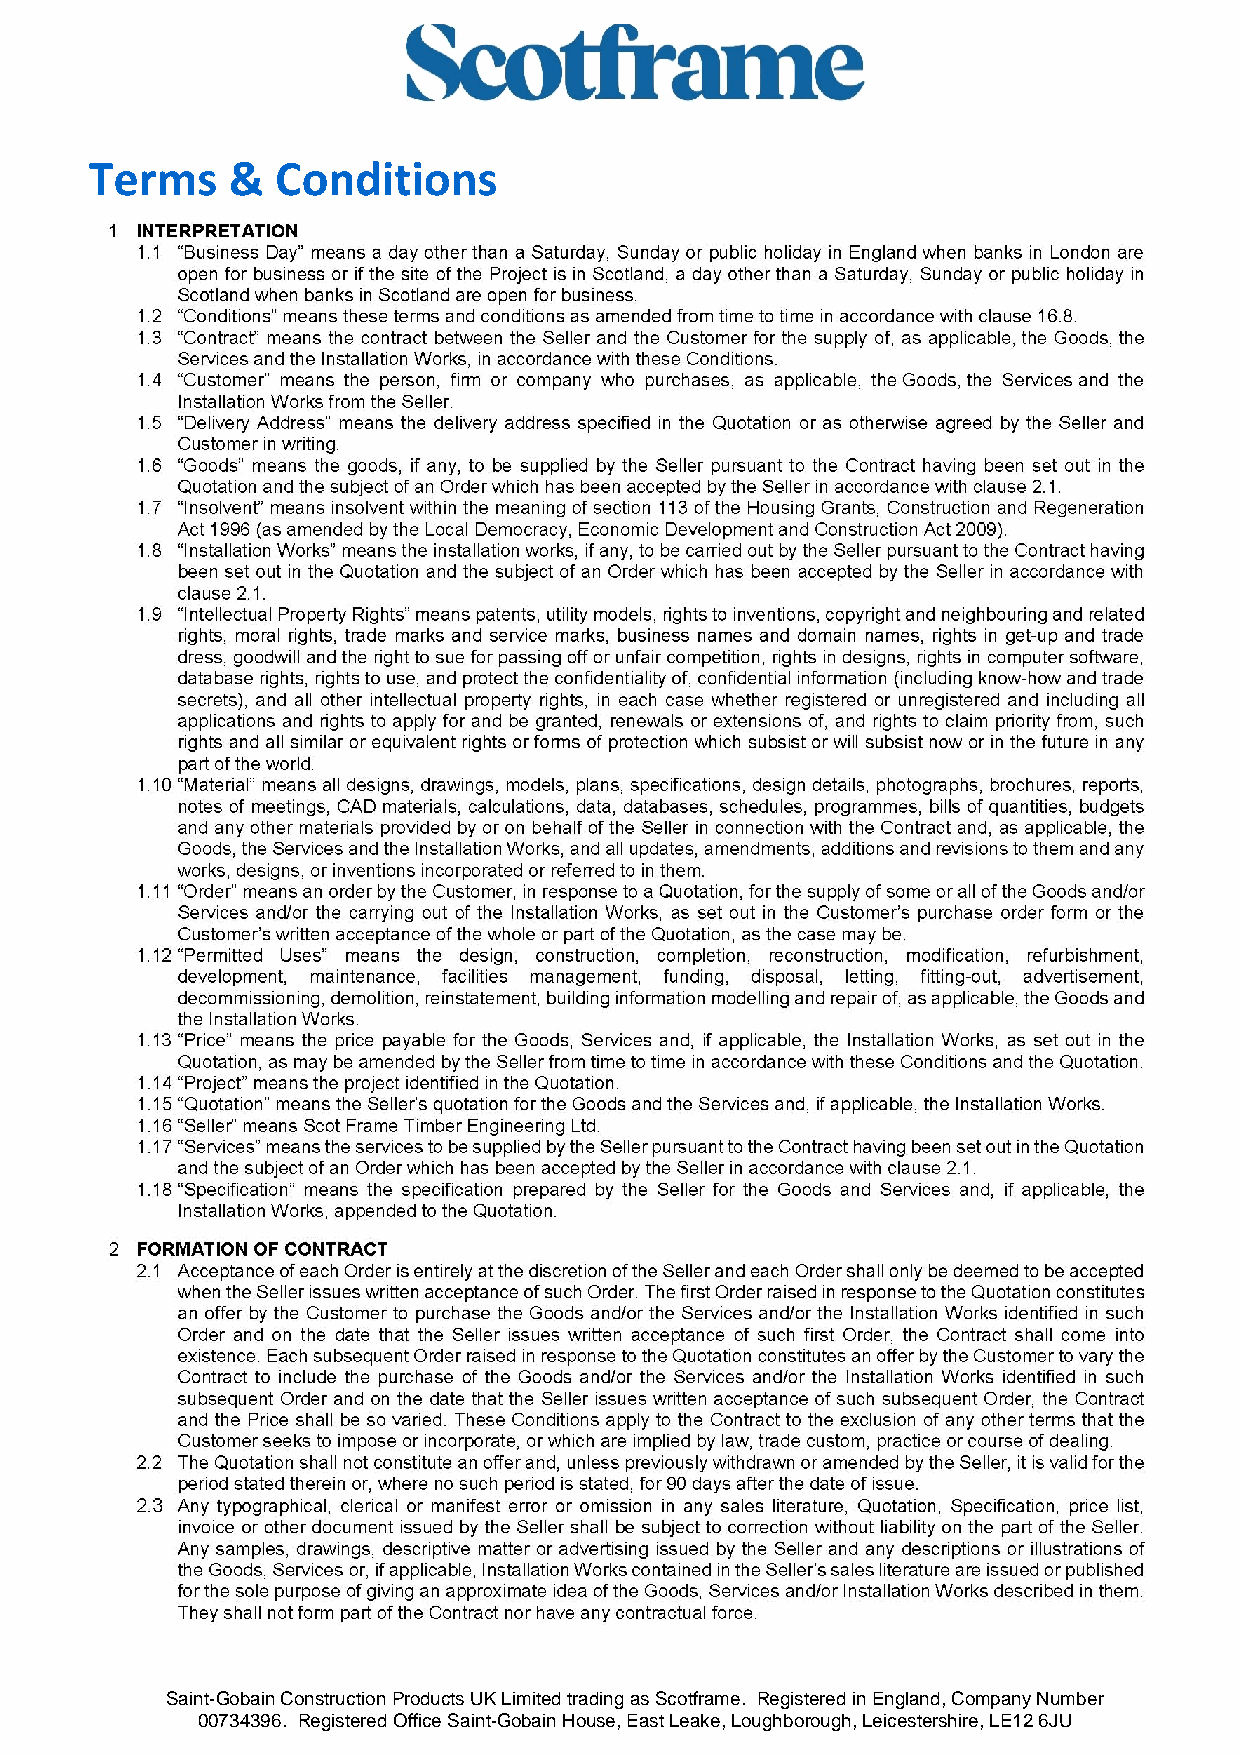
Terms    &  Conditions
 Saint-Gobain Construction Products UK Limited trading as Scotframe. Registered in England, Company Number
 00734396. Registered Office Saint-Gobain House, East Leake, Loughborough, Leicestershire, LE12 6JU